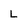
Character: L